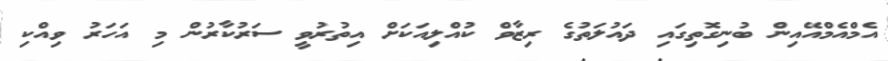
އެމްއެމްއޭއިން ބުނިގޮތިގައި ދައުލަތުގެ ރިޒާވް ކުއްލިއަކަށް އިތުރުވީ ސަރުކާރުން މި އަހަރު ވިއްކި